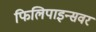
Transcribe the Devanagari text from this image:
फिलिपाइन्सवर